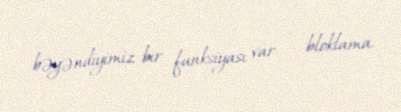
bəyəndiyimiz bir funksiyası var - bloklama.